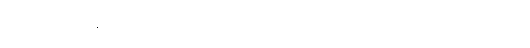
မုဒုကာယ၊ နူးညံ့သော။ ဘူမိယာ၊ မြေပြင်၌။ သိပ္ပံ၊ ဂျွမ်းကအတတ်ကို။